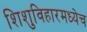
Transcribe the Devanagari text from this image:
शिशुविहारमध्येच